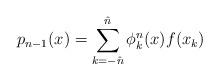
LaTeX: \begin{align*} p_{n-1}(x) = \sum_{k=-\hat{n}}^{\hat{n}} \phi^n_k(x) f(x_k)\end{align*}